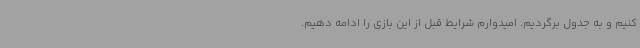
کنیم و به جدول برگردیم. امیدوارم شرایط قبل از این بازی را ادامه دهیم.